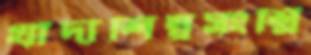
খাদ্যশিল্পসংশ্লি